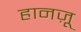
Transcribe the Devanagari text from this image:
हानज़ू